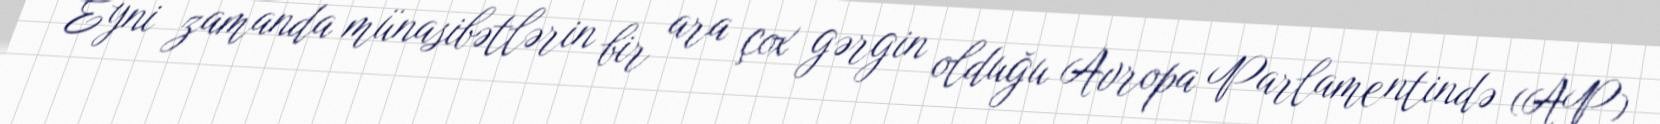
Eyni zamanda münasibətlərin bir ara çox gərgin olduğu Avropa Parlamentində (AP)